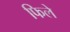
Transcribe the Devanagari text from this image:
फिले